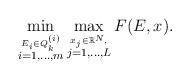
LaTeX: \begin{align*} \min\limits_{\stackrel{E_i \in Q_k^{(i)}}{i=1, \dots, m}} \max\limits_{\stackrel{x_j \in \mathbb{R}^N,}{j=1, \dots, L} } F(E, x).\end{align*}